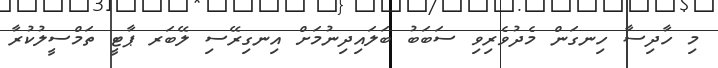
މި ހާދިސާ ހިނގަން މެދުވެރިވި ސަބަބު ބަލައިދިނުމަށް އިނގިރޭސި ލޭބަރ ޕާޓީ ތަމްސީލުކުރާ